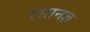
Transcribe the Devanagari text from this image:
रसानज्ञ